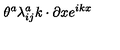
\theta ^ { a } \lambda _ { i j } ^ { a } k \cdot \partial x e ^ { i k x }